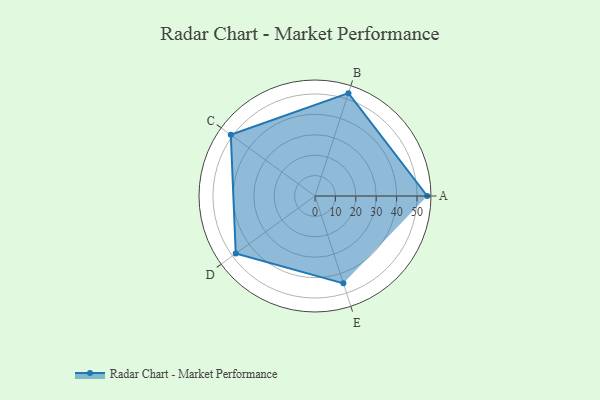
{"axis": {"x": "Skill", "y": "Score"}, "legend": ["Profile"], "data": [{"x": "A", "y": 55.0, "type": "Profile"}, {"x": "B", "y": 53.0, "type": "Profile"}, {"x": "C", "y": 51.0, "type": "Profile"}, {"x": "D", "y": 48.0, "type": "Profile"}, {"x": "E", "y": 45.0, "type": "Profile"}]}